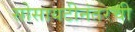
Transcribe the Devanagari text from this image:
सोसायटीनंतरची